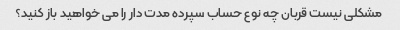
مشکلی نیست قربان چه نوع حساب سپرده مدت دار را می خواهید باز کنید؟